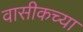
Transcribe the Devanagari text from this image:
वासीकच्या